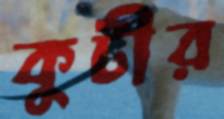
কুটীর